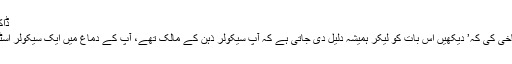
ڈاکٹر ساجد خاکوانی
میں نے پھر گستاخی کی کہ’ دیکھیں اس بات کو لیکر ہمیشہ دلیل دی جاتی ہے کہ آپ سیکولر ذہن کے مالک تھے، آپ کے دماغ میں ایک سیکولر اسٹیٹ کا تصور تھا۔